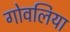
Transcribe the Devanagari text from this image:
गोवलिया